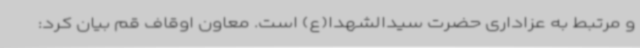
و مرتبط به عزاداری حضرت سیدالشهدا(ع) است. معاون اوقاف قم بیان کرد: